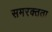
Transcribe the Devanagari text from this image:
समरक्तता